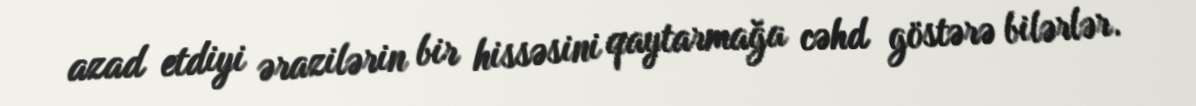
azad etdiyi ərazilərin bir hissəsini qaytarmağa cəhd göstərə bilərlər.